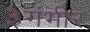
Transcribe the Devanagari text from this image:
३गंभीर